Sanitation, dispensaries and jails vaccination Rajputana 1922-1927 - 1922-1927
Year: 1922
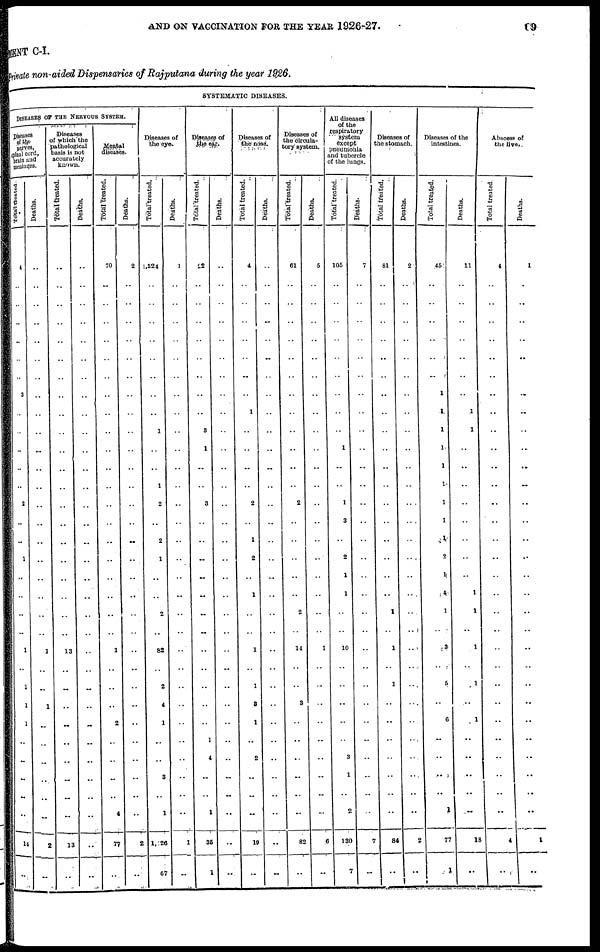
AND ON VACCINATION FOR THE YEAR 1926-27.
69
MENT C-I.
Private non-aided Dispensaries of Rajputana during the year 1926.
SYSTEMATIC DISEASES.
DISEASES OF THE NERVOUS SYSTEM.
Diseases
of the
nerves,
spinal cord,
brain and
meninges.
Total treated.
4
..
..
..
..
..
3
..
..
..
..
..
2
..
..
1
..
..
..
..
1
..
1
1
1
..
..
..
..
..
14
..
Deaths.
..
..
..
..
..
..
..
..
..
..
..
..
..
..
..
..
..
..
..
..
1
.. ..
1
..
..
..
..
..
..
2
..
Diseases
of which the
pathological
basis is not
accurately
known.
Total treated.
..
..
..
..
..
..
..
..
..
..
..
..
..
..
..
..
..
..
..
..
13
..
..
..
..
..
..
..
..
..
13
..
Deaths.
..
..
..
..
..
..
..
..
..
..
..
..
..
..
..
..
..
..
..
..
..
..
..
..
..
..
..
..
..
..
..
..
Mental
diseases.
Total treated.
70
..
..
..
..
..
..
..
..
..
..
..
..
..
..
..
..
..
..
..
1
..
..
..
2
..
..
..
..
4
77
..
Deaths.
2
..
..
..
..
..
..
..
..
..
..
..
..
..
..
..
..
..
..
..
..
..
..
..
..
..
..
..
..
..
2
..
Diseases of
the eye.
Total treated.
1,324
..
..
..
..
..
..
..
1
..
..
1
2
..
2
1
..
..
2
..
82
..
2
4
1
..
..
3
..
1
1,126
67
Deaths.
1
..
..
..
..
..
..
..
..
..
..
..
..
..
..
..
..
..
..
..
..
..
..
..
..
..
..
..
..
..
1
..
Diseases of
the ear.
Total treated.
22
..
..
..
..
..
..
..
3
1
..
..
3
..
..
..
..
..
..
..
..
..
..
..
..
1
4
..
..
1
35
1
Deaths.
..
..
..
..
..
..
..
..
..
..
..
..
..
..
..
..
..
..
..
..
..
..
..
..
..
..
..
..
..
..
..
..
Diseases of
the nose.
Total treated.
4
..
..
..
..
..
..
1
..
..
..
..
2
..
1
2
..
1
..
..
1
..
1
3
1
..
2
..
..
..
19
..
Deaths.
..
..
..
..
..
..
..
..
..
..
..
..
..
..
..
..
..
..
..
..
..
..
..
..
..
..
..
..
..
..
..
..
Diseases of
the circula-
tory system.
Total treated.
61
..
..
..
..
..
..
..
..
..
..
..
2
..
..
..
..
..
2
..
14
..
..
3
..
..
..
..
..
..
82
..
Deaths.
5
..
..
..
..
..
..
..
..
..
..
..
..
..
..
..
..
..
..
..
1
..
..
..
..
..
..
..
..
..
6
..
All diseases
of the
respiratory
system
except
pneumonia
and tubercle
of the lungs.
Total treated.
105
..
..
..
..
..
..
..
..
1
..
..
1
3
..
2
1
1
..
..
10
..
..
..
..
..
3
1
..
2
130
7
Deaths.
7
..
..
..
..
..
..
..
..
..
..
..
..
..
..
..
..
..
..
..
..
..
..
..
..
..
..
..
..
..
7
..
Diseases of
the stomach.
Total treated.
81
..
..
..
..
..
..
..
..
..
..
..
..
..
..
..
..
..
1
..
1
..
1
..
..
..
..
..
..
..
84
..
Deaths.
2
..
..
..
..
..
..
..
..
..
..
..
..
..
..
..
..
..
..
..
..
..
..
..
..
..
..
..
..
..
2
..
Diseases of the
intestines.
Total treated.
45
..
..
..
..
..
1
1
1
1
1
1
1
1
1
2
1
4
1
..
3
..
5
..
6
..
..
..
..
1
77
1
Deaths.
11
..
..
..
..
..
..
1
1
..
..
..
..
..
..
..
..
1
1
..
1
..
1
..
1
..
..
..
..
..
18
..
Abscess of
the liver.
Total treated.
4
..
..
..
..
..
..
..
..
..
..
..
..
..
..
..
..
..
..
..
..
..
..
..
..
..
..
..
..
..
4
..
Deaths.
1
..
..
..
..
..
..
..
..
..
..
..
..
..
..
..
..
..
..
..
..
..
..
..
..
..
..
..
..
..
1
..